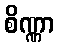
စိဏ္ဏာ